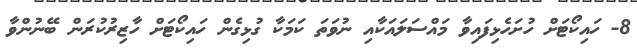
8- ހައިކޯޓަށް ހުށަހެޅިފައިވާ މައްސަލައަކާއި ނުވަތަ ކަމަކާ ގުޅިގެން ހައިކޯޓަށް ހާޒިރުކުރަން ބޭނުންވާ